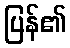
ပြန်၏